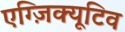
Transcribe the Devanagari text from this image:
एग्ज़िक्यूटिव